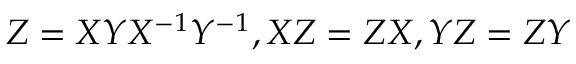
Z = X Y X ^ { - 1 } Y ^ { - 1 } , X Z = Z X , Y Z = Z Y